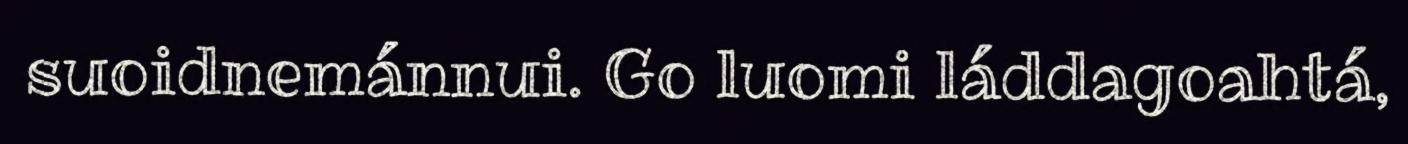
suoidnemánnui. Go luomi láddagoahtá,